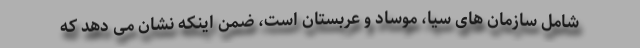
شامل سازمان های سیا، موساد و عربستان است، ضمن اینکه نشان می دهد که